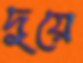
দুয়ে